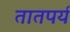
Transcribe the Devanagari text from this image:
तातपर्य